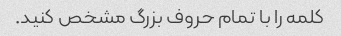
کلمه را با تمام حروف بزرگ مشخص کنید.